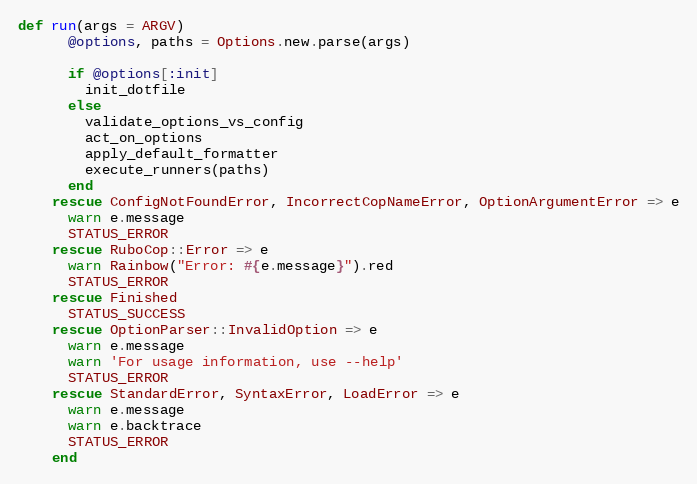
Language: Ruby
def run(args = ARGV)
      @options, paths = Options.new.parse(args)

      if @options[:init]
        init_dotfile
      else
        validate_options_vs_config
        act_on_options
        apply_default_formatter
        execute_runners(paths)
      end
    rescue ConfigNotFoundError, IncorrectCopNameError, OptionArgumentError => e
      warn e.message
      STATUS_ERROR
    rescue RuboCop::Error => e
      warn Rainbow("Error: #{e.message}").red
      STATUS_ERROR
    rescue Finished
      STATUS_SUCCESS
    rescue OptionParser::InvalidOption => e
      warn e.message
      warn 'For usage information, use --help'
      STATUS_ERROR
    rescue StandardError, SyntaxError, LoadError => e
      warn e.message
      warn e.backtrace
      STATUS_ERROR
    end